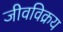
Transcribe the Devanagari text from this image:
जीवविक्रय